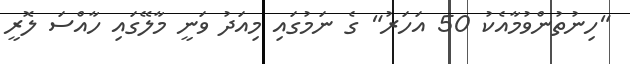
"ހިނުތުންވުމާއެކު 50 އަހަރު" ގެ ނަމުގައި މިއަދު ވަނީ މާލޭގައި ހާއްސަ ލޮރީ